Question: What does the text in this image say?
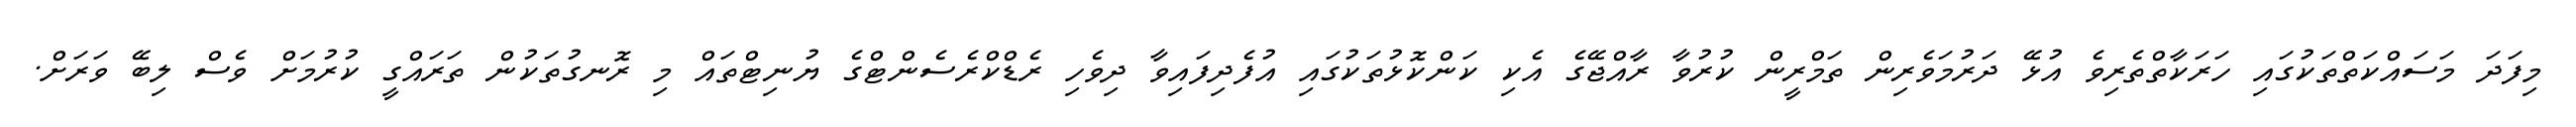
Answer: މިފަދަ މަސައްކަތްތަކުގައި ހަރަކާތްތެރިވެ އުޅޭ ދަރުމަވެރިން ތަމްރީން ކުރުވާ ރާއްޖޭގެ އެކި ކަންކޮޅުތަކުގައި އުފެދިފައިވާ ދިވެހި ރެޑްކްރެސެންޓްގެ ޔުނިޓްތައް މި ރޮނގުތަކުން ތަރައްގީ ކުރުމަށް ވެސް ލިބޭ ވަރަށް.